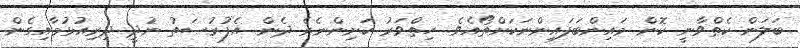
ބަލަން ކެތްވާނީ ކޮން މައިންބަފައިންނަކަށްތޯއެވެ. ހިތްވަރު ކަށިންނެރެ ދެން އެފުރުޞަތު ނުދީ ދިރިއުޅުމާއިގެން